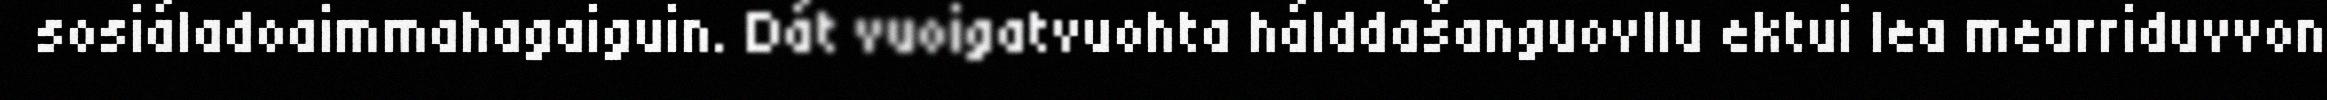
sosiáladoaimmahagaiguin. Dát vuoigatvuohta hálddašanguovllu ektui lea mearriduvvon